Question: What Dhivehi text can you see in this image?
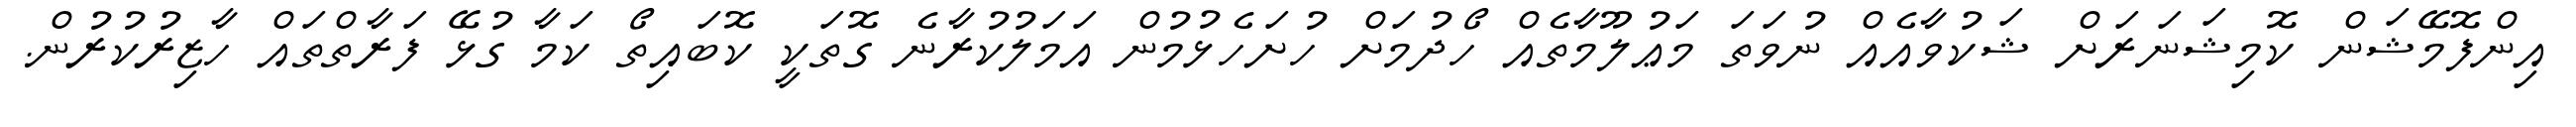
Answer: އިންފޮމޭޝަން ކޮމިޝަނަރަށް ޝަކުވާއެއް ނުވަތަ މަޢުލޫމާތެއް ހޯދުމަށް ހުށަހެޅުމުން އަމަލުކުރާނެ ގޮތަކީ ކޮބައިތޯ ކަމާ ގުޅޭ ފަރާތްތައް ހާޒިރުކުރުން.